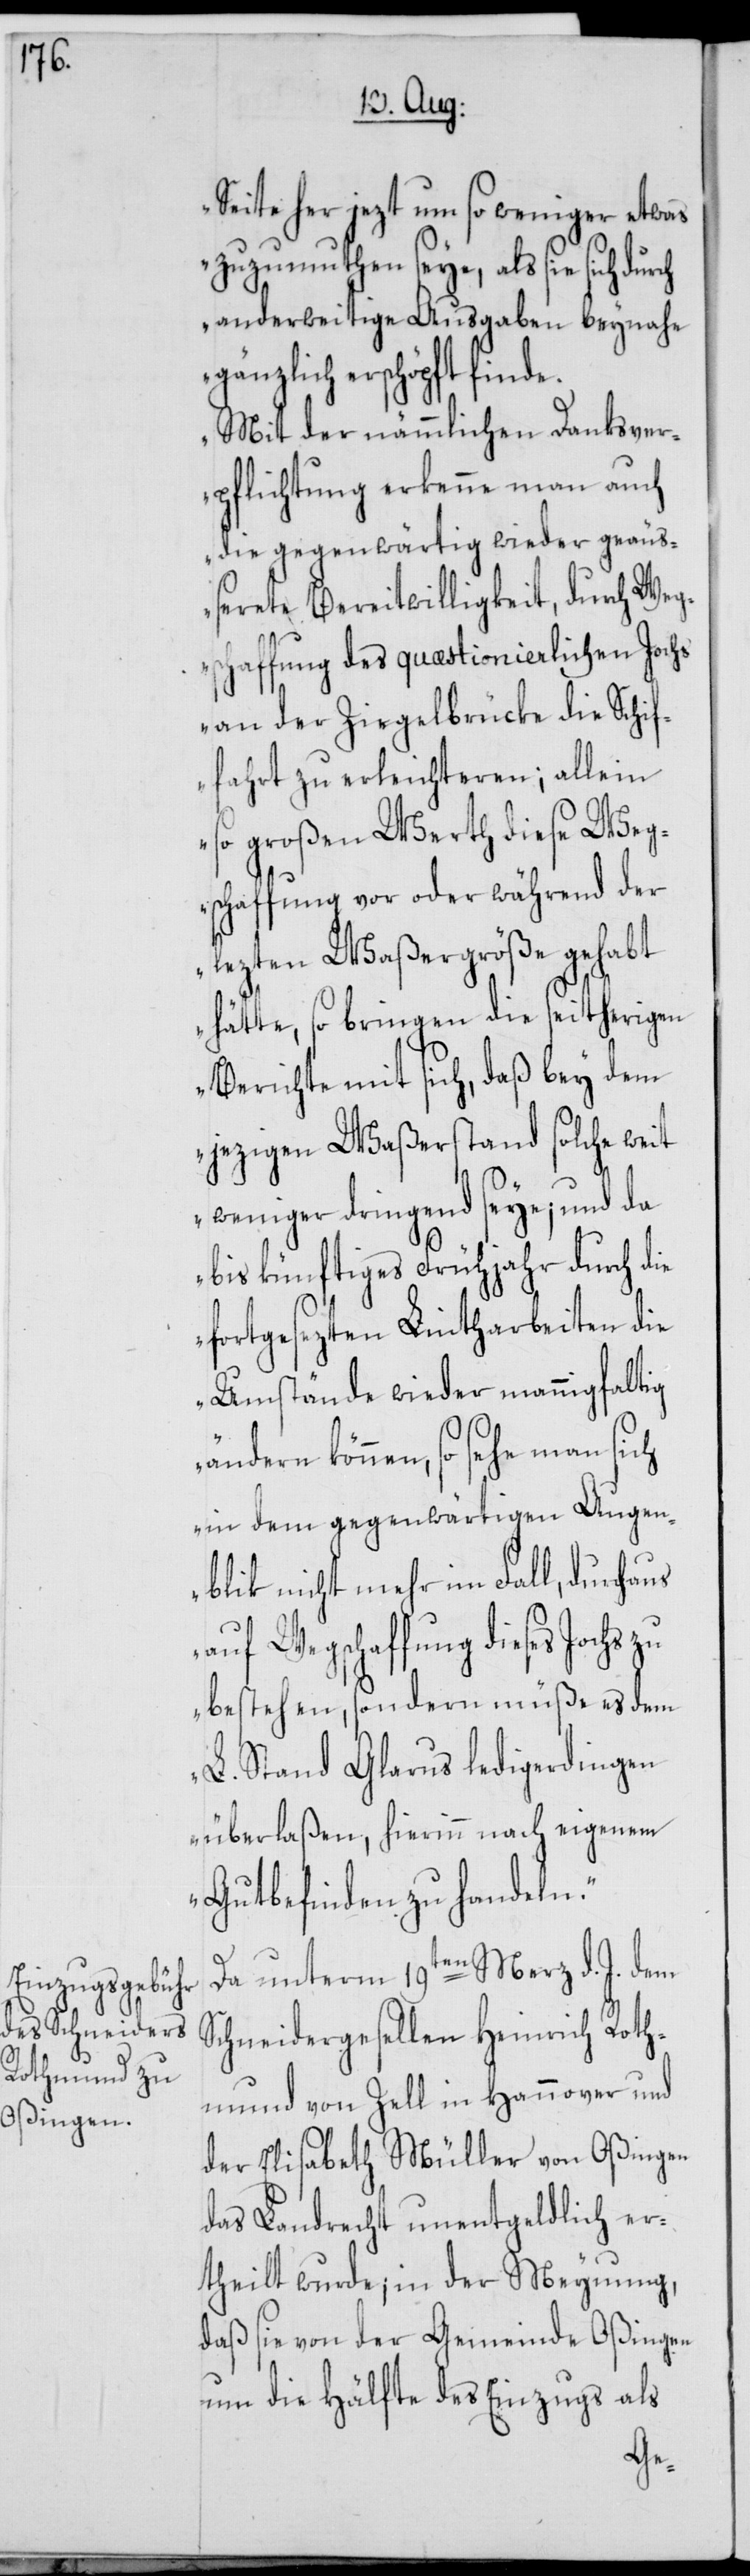
Seite her jezt um so weniger etwas
zuzumuthen seye, als sie sich durch
anderweitige Ausgaben beynahe
gänzlich erschöpft finde.
Mit der nämmlichen Danksver¬
pflichtung erkenne man auch
die gegenwärtig wieder geäuß¬
erete Bereitwilligkeit, durch Weg¬
schaffung des quæstionierlichen Jochs
an der Ziegelbrücke die Schif¬
fahrt zu erleichteren; allein
so großen Werth diese Weg¬
schaffung vor oder während der
lezten Waßergröße gehabt
hätte, so bringen die seitherigen
Berichte mit sich, daß bey dem
jetzigen Waßerstand solche weit
weniger dringend seye; und da
bis künftiges Frühjahr durch die
fortgesezten Lintharbeiten die
Umstände wieder mannigfaltig
ändern können, so sehe man sich
in dem gegenwärtigen Augen¬
blik nicht mehr im Fall, durchaus
auf Wegschaffung dieses Jochs
bestehen, sondern müße es dem
L. Stand Glarus ledigerdingen
überlaßen, hierinn nach eigenem
Gutbefinden zu handeln.“
Da unterm 19ten Merz d. J. dem
Schneidergesellen Heinrich Roth¬
mund von Zell in Hannover und
der Elisabeth Müller von Oßingen,
das Landrecht unentgeldlich er¬
theilt wurde; in der Meynung,
daß sie von der Gemeinde Oßingen
um die Hälfte des Einzugs als